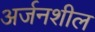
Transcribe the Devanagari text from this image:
अर्जनशील